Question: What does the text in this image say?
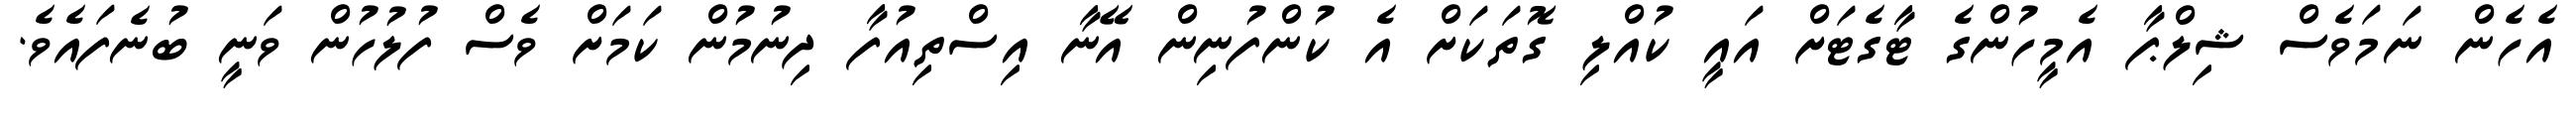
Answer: އެހެން ނަމަވެސް ޝިލްޕާ އެމީހުންގެ ޓާގެޓަށް އައީ ކުއްލި ގޮތަކަށް އެ ކުންފުނިން އޭނާ އިސްތިއުފާ ދިނުމުން ކަމަށް ވެސް ފުލުހުން ވަނީ ބުނެފައެވެ.